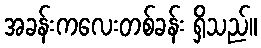
အခန်းကလေးတစ်ခန်း ရှိသည်။